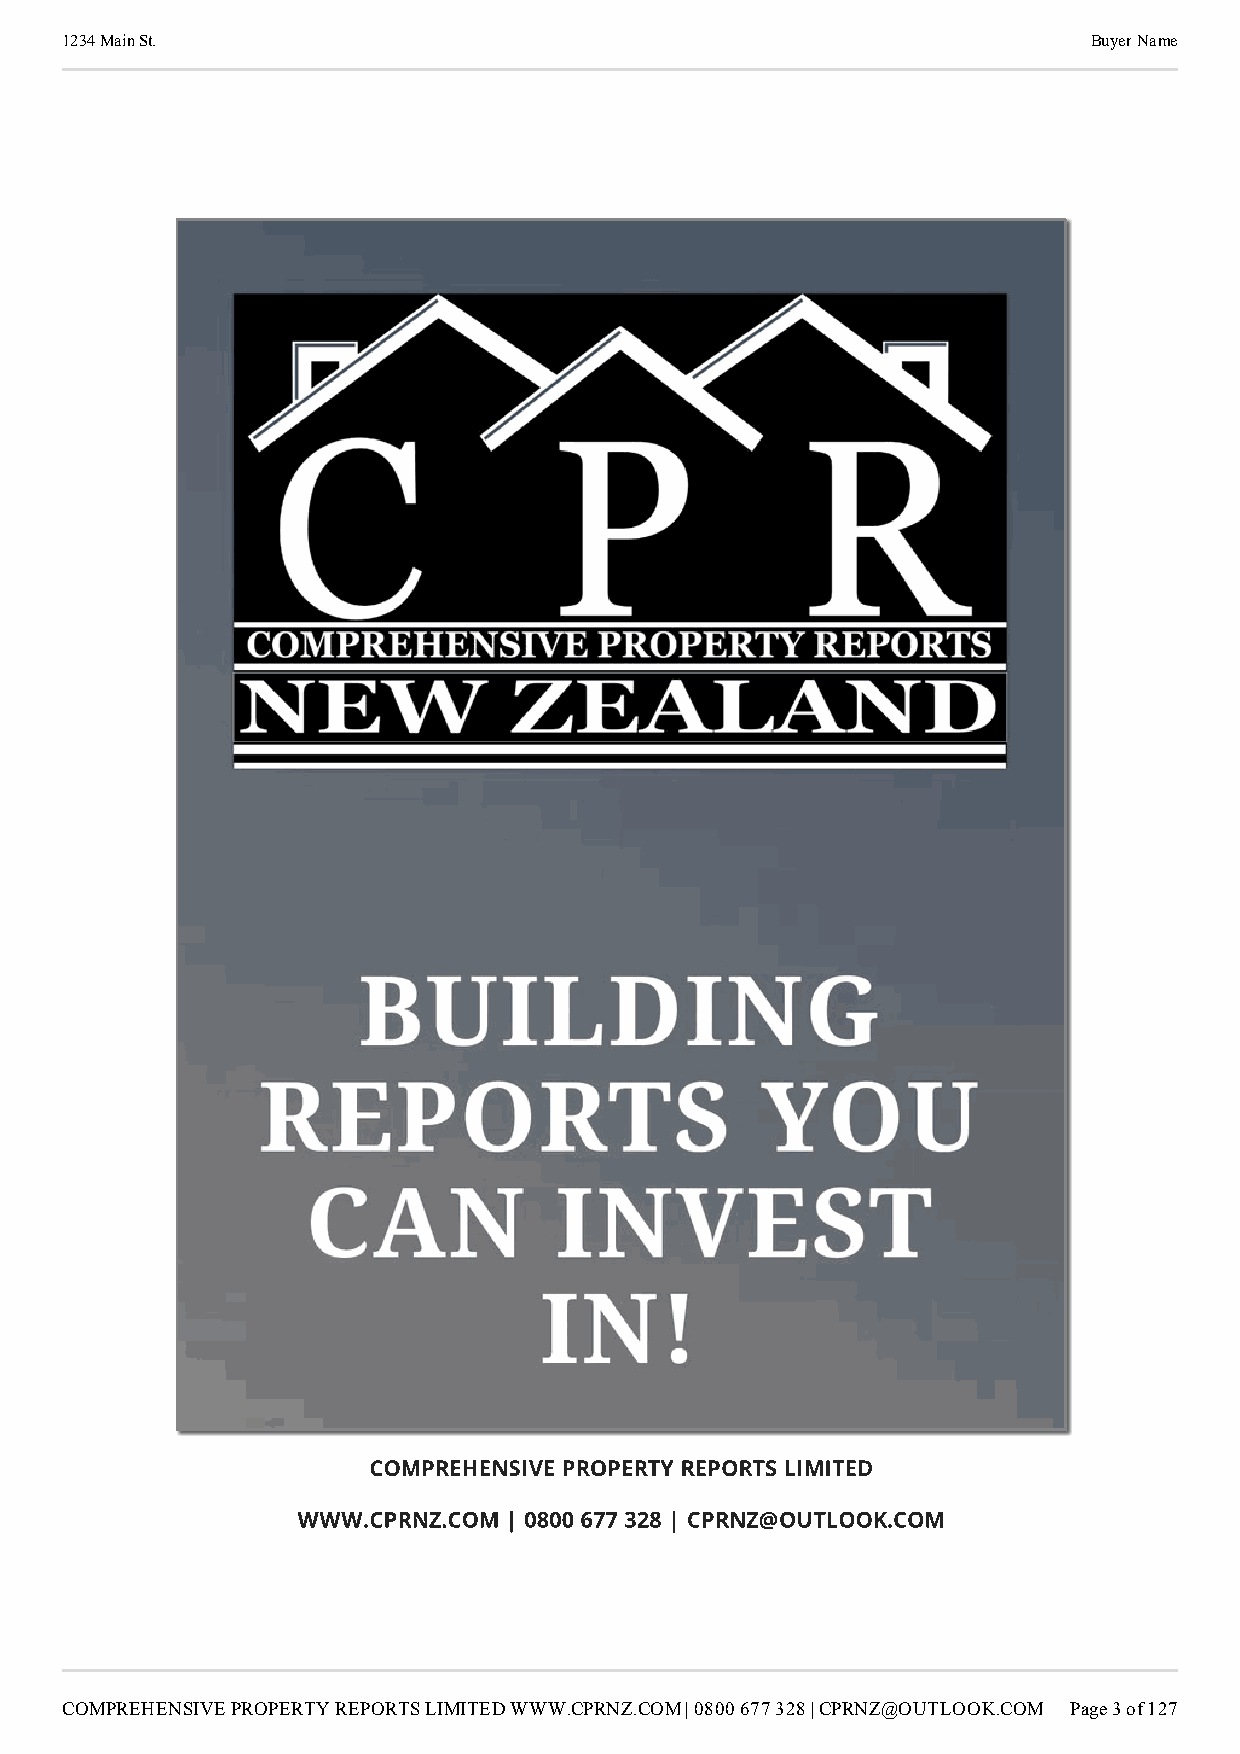
1234 Main St.                                                       Buyer Name
 COMPREHENSIVE PROPERTY REPORTS LIMITED
 WWW.CPRNZ.COM | 0800 677 328 | CPRNZ@OUTLOOK.COM
 COMPREHENSIVE PROPERTY REPORTS LIMITED WWW.CPRNZ.COM | 0800 677 328 | CPRNZ@OUTLOOK.COM Page 3 of 127